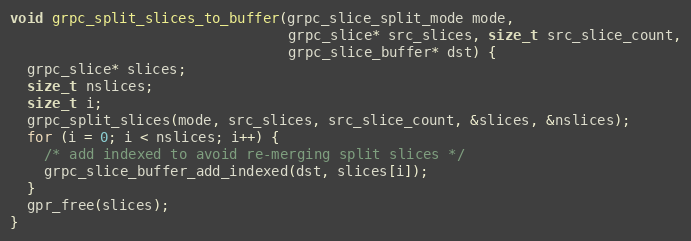
Language: C++
void grpc_split_slices_to_buffer(grpc_slice_split_mode mode,
                                 grpc_slice* src_slices, size_t src_slice_count,
                                 grpc_slice_buffer* dst) {
  grpc_slice* slices;
  size_t nslices;
  size_t i;
  grpc_split_slices(mode, src_slices, src_slice_count, &slices, &nslices);
  for (i = 0; i < nslices; i++) {
    /* add indexed to avoid re-merging split slices */
    grpc_slice_buffer_add_indexed(dst, slices[i]);
  }
  gpr_free(slices);
}